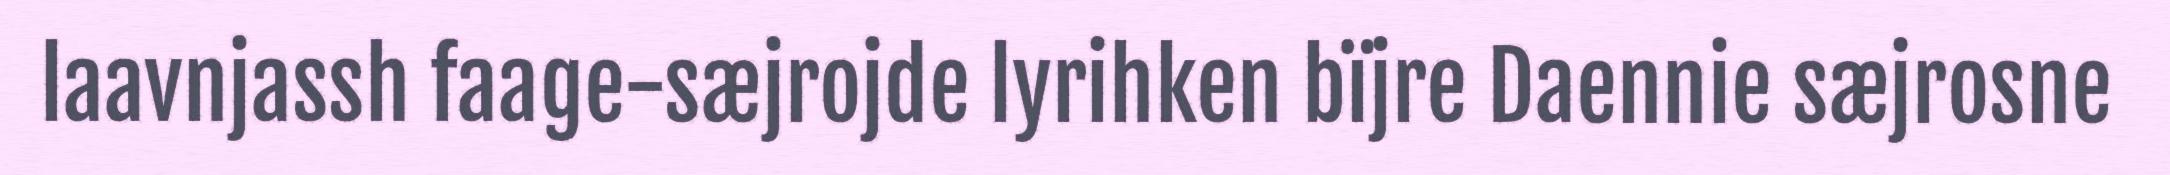
laavnjassh faage-sæjrojde lyrihken bïjre Daennie sæjrosne